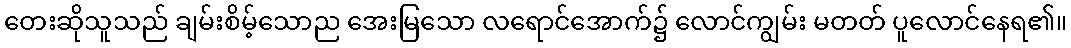
တေးဆိုသူသည် ချမ်းစိမ့်သောည အေးမြသော လရောင်အောက်၌ လောင်ကျွမ်း မတတ် ပူလောင်နေရ၏။